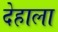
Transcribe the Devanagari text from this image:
देहाला